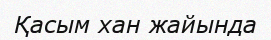
Қасым хан жайында